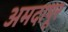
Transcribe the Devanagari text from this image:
अमदापूर